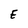
Character: E